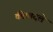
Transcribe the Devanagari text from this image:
की।बदले